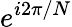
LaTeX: e^{i2\pi/N}